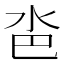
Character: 𣲯